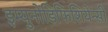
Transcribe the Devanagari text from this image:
इम्युनोडिफिशियेन्सी